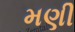
મણી